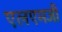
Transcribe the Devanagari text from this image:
एलएमजी